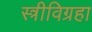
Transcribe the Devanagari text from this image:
स्त्रीविग्रहा